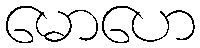
မောဟေ